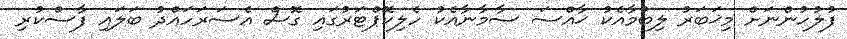
ފުލުހުންނަށް މިޚަބަރު ލިބުމާއެކު ޚާއްސަ ސާމާނާއެކު ހެލިކޮޕްޓަރުގައި ގޮސް އެސަރަހައްދު ބަލައި ފާސްކުރި